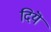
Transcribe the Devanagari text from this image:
दियॆ